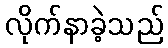
လိုက်နာခဲ့သည်